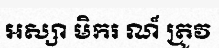
អស្សា មិករ ណ៏ ត្រូវ